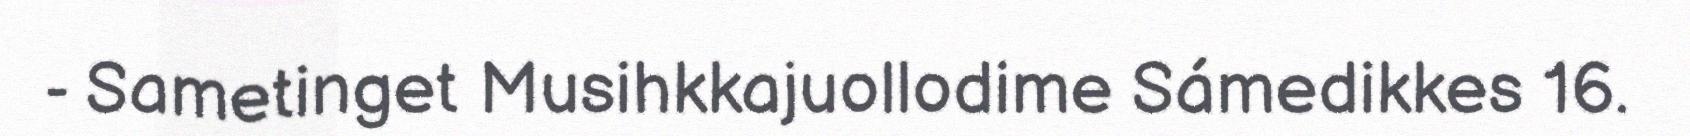
- Sametinget Musihkkajuollodime Sámedikkes 16.